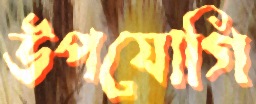
উপযোগি